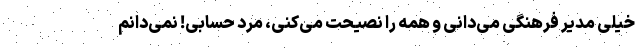
خیلی مدیر فرهنگی می‌دانی و همه را نصیحت می‌کنی، مرد حسابی! نمی‌دانم